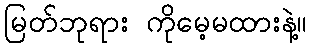
မြတ်ဘုရား ကိုမေ့မထားနဲ့။